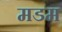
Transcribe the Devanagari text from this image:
मडम